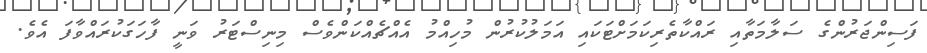
ފަސިންޖަރުންގެ ސަލާމަތާއި ރައްކާތެރިކަމަށްޓަކައި އަމަލުކުރުން މުހިއްމު އެއްޗެއްކަންވެސް މިނިސްޓަރު ވަނީ ފާހަގަކުރައްވާފަ އެވެ.